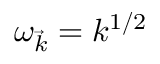
\omega _ { \vec { k } } = k ^ { 1 / 2 }